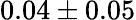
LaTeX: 0.04\pm 0.05